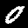
Digit: 0